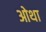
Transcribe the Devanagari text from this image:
ओथा